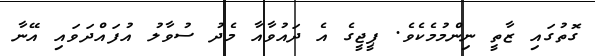
ގޮތުގައި ޒާތީ ނިންމުމެކެވެ. ޕީޖީގެ އެ ދައުވާއާ މެދު ސުވާލު އުފައްދަވައި އޭނާ